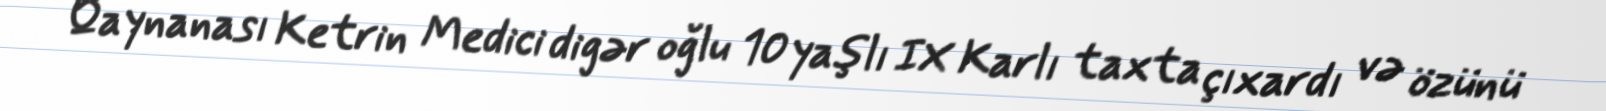
Qaynanası Ketrin Medici digər oğlu 10 yaşlı IX Karlı taxta çıxardı və özünü